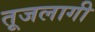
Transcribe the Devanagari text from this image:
तूजलागी